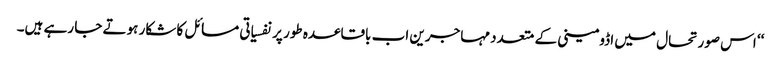
‘‘ اس صورتحال میں اڈومینی کے متعدد مہاجرین اب باقاعدہ طور پر نفسیاتی مسائل کا شکار ہوتے جا رہے ہیں۔